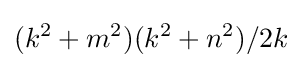
(k^{2}+m^{2})(k^{2}+n^{2})/2k